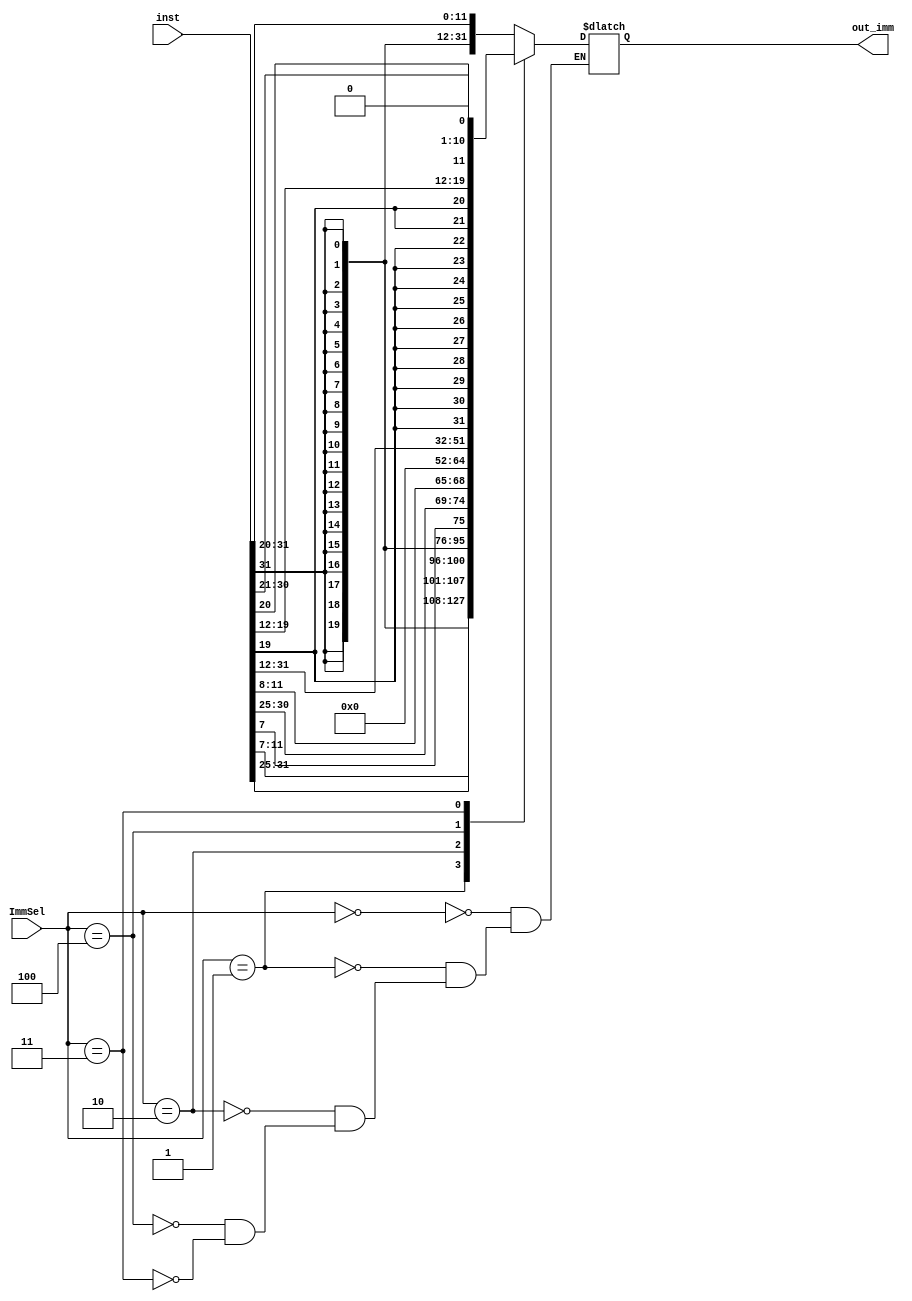
module Imm_gen #(
    parameter WIDTH=32
) (  
    input [2:0] ImmSel,
    input [WIDTH-1:0] inst,
    output reg [WIDTH-1:0] out_imm 
);

    reg [19:0] Field;


    /*ALU-Control*/
    always @(*) begin
        case (ImmSel)
            3'b000:begin//I-Format
            Field=inst[31:20];
            out_imm={{20{Field[11]}},Field[11:0]};
            end
            3'b001:begin //S-Format.
            Field={inst[31:25],inst[11:7]};
            out_imm={{20{Field[11]}},Field[11:0]};
            end
            3'b010:begin //SB-Format.
            Field={inst[31],inst[7],inst[30:25],inst[11:8],1'b0};
            out_imm={{19{Field[12]}},Field[12:0]};
            end
            3'b100:begin //U-Format
            Field=inst[31:12];
            out_imm=Field;
            end
            3'b011:begin //UJ-Format
            Field={inst[19:12],inst[20],inst[30:25],inst[24:21],1'b0};
            out_imm={{12{Field[19]}},Field};
            end
        endcase
    end
endmodule